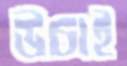
উচাই